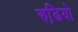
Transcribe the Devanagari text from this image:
रुढि़यो